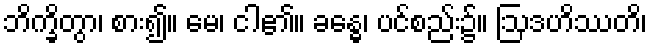
ဘိက္ခိတွာ၊ စား၍။ မေ၊ ငါ၏။ ခန္ဓေ၊ ပင်စည်း၌။ ဩဒဟိဿတိ၊